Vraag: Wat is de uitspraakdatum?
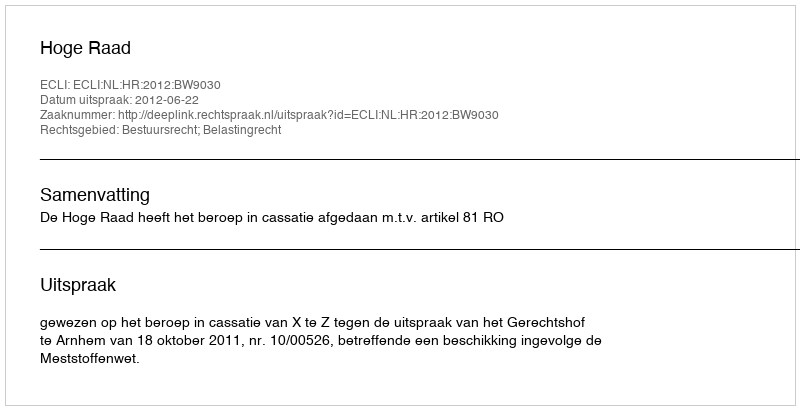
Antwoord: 2012-06-22